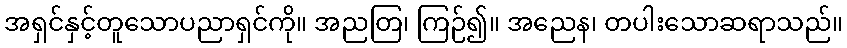
အရှင်နှင့်တူသောပညာရှင်ကို။ အညတြ၊ ကြဉ်၍။ အညေန၊ တပါးသောဆရာသည်။